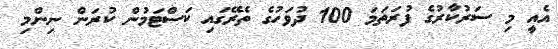
އެއީ މި ސަރުކާރުގެ ފުރަތަމަ 100 ދުވަހުގެ ތެރޭގައި ކަސްޓަމުން ކުރަން ނިންމި